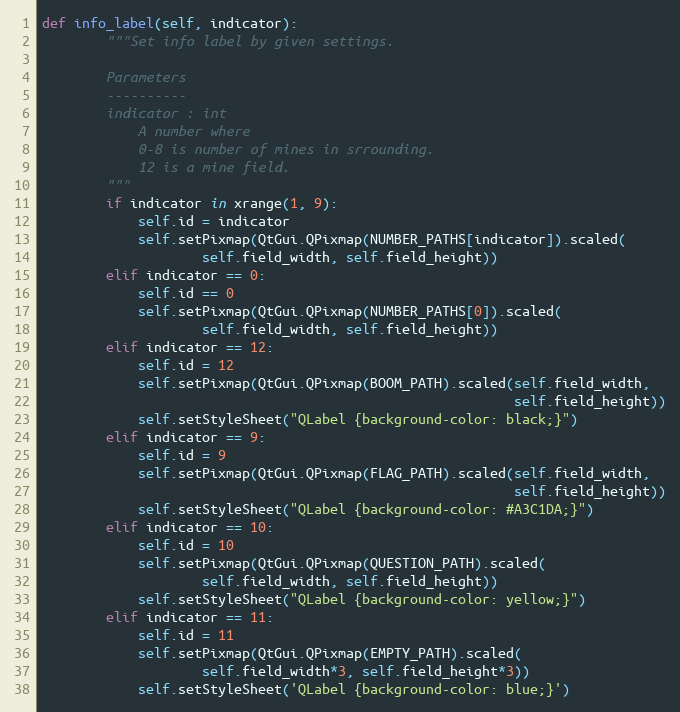
Language: Python
def info_label(self, indicator):
        """Set info label by given settings.

        Parameters
        ----------
        indicator : int
            A number where
            0-8 is number of mines in srrounding.
            12 is a mine field.
        """
        if indicator in xrange(1, 9):
            self.id = indicator
            self.setPixmap(QtGui.QPixmap(NUMBER_PATHS[indicator]).scaled(
                    self.field_width, self.field_height))
        elif indicator == 0:
            self.id == 0
            self.setPixmap(QtGui.QPixmap(NUMBER_PATHS[0]).scaled(
                    self.field_width, self.field_height))
        elif indicator == 12:
            self.id = 12
            self.setPixmap(QtGui.QPixmap(BOOM_PATH).scaled(self.field_width,
                                                           self.field_height))
            self.setStyleSheet("QLabel {background-color: black;}")
        elif indicator == 9:
            self.id = 9
            self.setPixmap(QtGui.QPixmap(FLAG_PATH).scaled(self.field_width,
                                                           self.field_height))
            self.setStyleSheet("QLabel {background-color: #A3C1DA;}")
        elif indicator == 10:
            self.id = 10
            self.setPixmap(QtGui.QPixmap(QUESTION_PATH).scaled(
                    self.field_width, self.field_height))
            self.setStyleSheet("QLabel {background-color: yellow;}")
        elif indicator == 11:
            self.id = 11
            self.setPixmap(QtGui.QPixmap(EMPTY_PATH).scaled(
                    self.field_width*3, self.field_height*3))
            self.setStyleSheet('QLabel {background-color: blue;}')